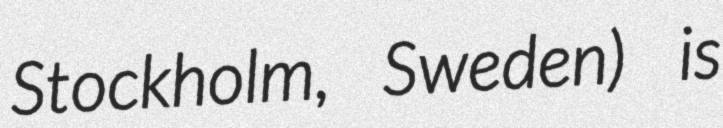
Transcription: Stockholm, Sweden) is